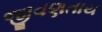
જીવણતાય